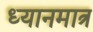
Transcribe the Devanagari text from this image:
ध्यानमात्र